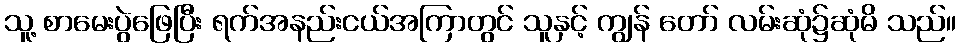
သူ့ စာမေးပွဲဖြေပြီး ရက်အနည်းငယ်အကြာတွင် သူနှင့် ကျွန် တော် လမ်းဆုံ၌ဆုံမိ သည်။